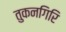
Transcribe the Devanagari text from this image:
तुकनगिरि